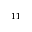
^ { 1 1 }